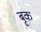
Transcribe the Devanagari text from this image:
बृक